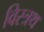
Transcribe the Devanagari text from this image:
विस्त्रथ